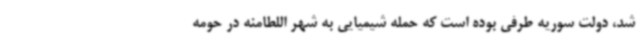
شد، دولت سوریه طرفی بوده است که حمله شیمیایی به شهر اللطامنه در حومه